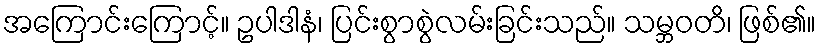
အကြောင်းကြောင့်။ ဥပါဒါနံ၊ ပြင်းစွာစွဲလမ်းခြင်းသည်။ သမ္ဘဝတိ၊ ဖြစ်၏။